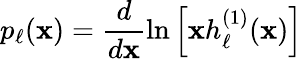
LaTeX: p_{\ell}(\mathbf{x})=\frac{{d}}{{d\mathbf{x}}}\ln\left[\mathbf{x}h_{\ell}^{(1)}(\mathbf{x})\right]